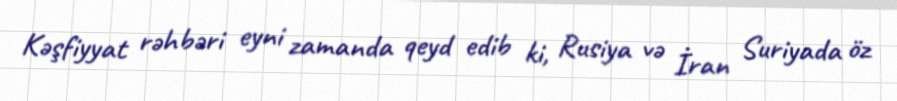
Kəşfiyyat rəhbəri eyni zamanda qeyd edib ki, Rusiya və İran Suriyada öz